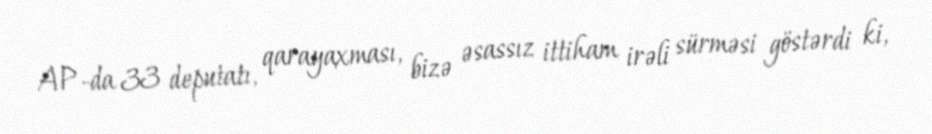
AP-da 33 deputatı, qarayaxması, bizə əsassız ittiham irəli sürməsi göstərdi ki,